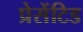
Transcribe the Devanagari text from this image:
प्रेसेंटिड